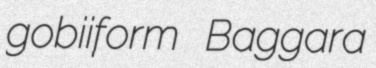
gobiiform Baggara